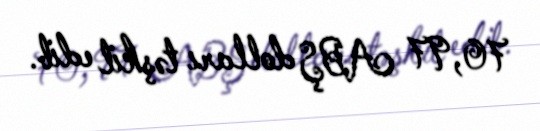
70,97 ABŞ dolları təşkil edib.